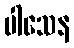
ပါသေန